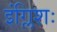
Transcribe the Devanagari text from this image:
इंग्लिशः